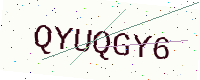
Text: QYUQGY6